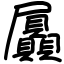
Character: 屭